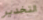
التخدير